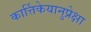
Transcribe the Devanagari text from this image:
कार्त्तिकेयानुप्रेक्षा